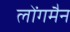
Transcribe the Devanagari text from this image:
लोंगमैन